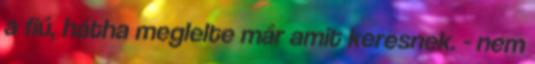
a fiú, hátha meglelte már amit keresnek. - nem